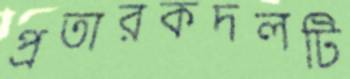
প্রতারকদলটি